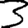
Digit: 3